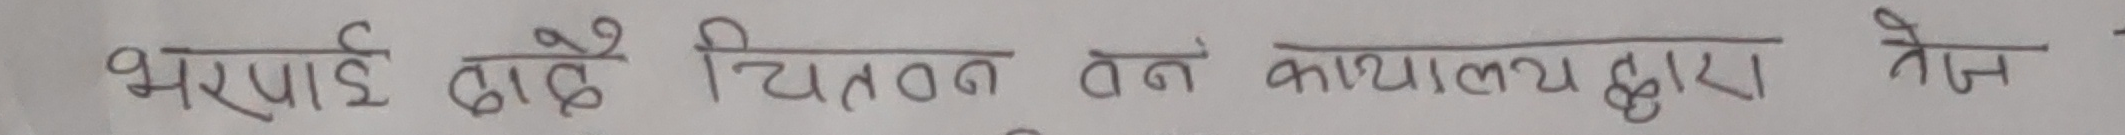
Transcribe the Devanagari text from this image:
भरपाई दाहिने चिन्तन वन कार्यालय द्वारा नैज